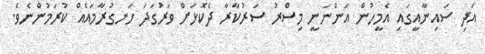
އަދި ސައިނާއީގައި އެމީހުން އަންނަނީ މިސްރު ސަރުކާރާ ދެކޮޅަށް ވަރުގަދަ ހަނގުރާމައެއް ކުރަމުންނެވެ.